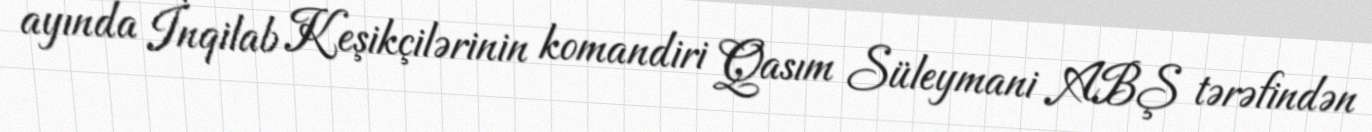
ayında İnqilab Keşikçilərinin komandiri Qasım Süleymani ABŞ tərəfindən